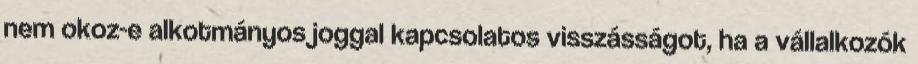
nem okoz-e alkotmányos joggal kapcsolatos visszásságot, ha a vállalkozók